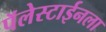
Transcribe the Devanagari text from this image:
पॅलेस्टाईनला